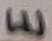
Text: E